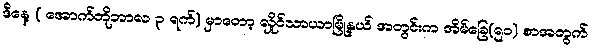
ဒီနေ့ ( အောက်တိုဘာလ ၃ ရက်) မှာတော့ လှိုင်သာယာမြို့နယ် အတွင်းက အိမ်ခြေ(၅၀) စာအတွက်